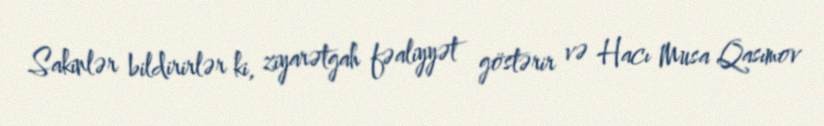
Sakinlər bildirirlər ki, ziyarətgah fəaliyyət göstərir və Hacı Musa Qasımov